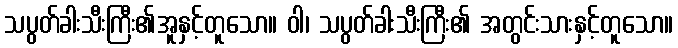
သပွတ်ခါးသီးကြီး၏အူနှင့်တူသော။ ဝါ၊ သပွတ်ခါးသီးကြီး၏ အတွင်းသားနှင့်တူသော။